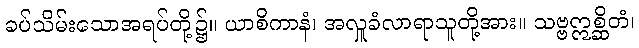
ခပ်သိမ်းသောအရပ်တို့၌။ ယာစိကာနံ၊ အလှူခံလာရာသူတို့အား။ သဗ္ဗဣစ္ဆိတံ၊